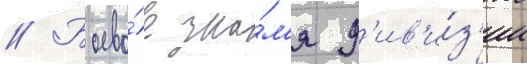
// Боево́е зна́м'я д'ив'и́з'ии